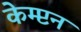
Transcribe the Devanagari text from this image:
केम्प्टन